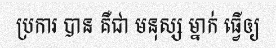
ប្រការ បាន គឺជា មនុស្ស ម្នាក់ ធ្វើឲ្យ